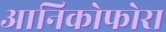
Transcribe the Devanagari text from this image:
आनिकोफोरा